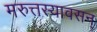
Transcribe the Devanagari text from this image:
मरुत्तस्यावसन्